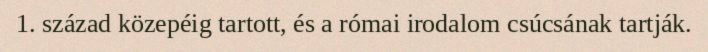
1. század közepéig tartott, és a római irodalom csúcsának tartják.